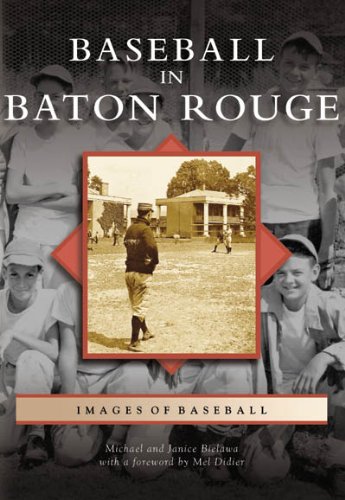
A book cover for Baseball in Baton Rouge (LA)   (Images of Baseball); Michael J. Bielawa; Travel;